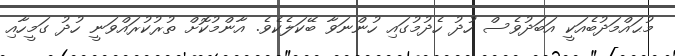
މުޙައްމަދުބެއަކީ އަބަދުވެސް ހުދު ހެދުމުގައި ހުންނަވާ ބޭކަލެކެވެ. އާންމުކޮށް ތުރުކުރައްވަނީ ހުދު ގަމީހާއި